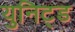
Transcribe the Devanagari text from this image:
युनिट्ड